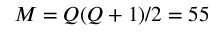
M = Q ( Q + 1 ) / 2 = 5 5